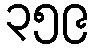
၃၅၉